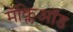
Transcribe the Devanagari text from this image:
मॅक्लिऑड